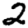
Digit: 2